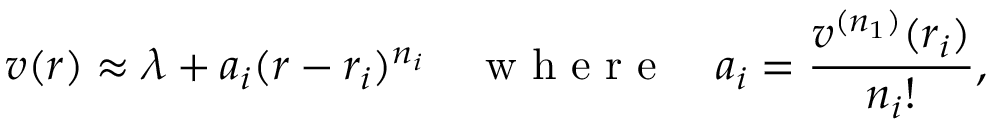
v ( r ) \approx \lambda + a _ { i } ( r - r _ { i } ) ^ { n _ { i } } \quad \mathrm { ~ w ~ h ~ e ~ r ~ e ~ } \quad a _ { i } = \frac { v ^ { ( n _ { 1 } ) } ( r _ { i } ) } { n _ { i } ! } ,